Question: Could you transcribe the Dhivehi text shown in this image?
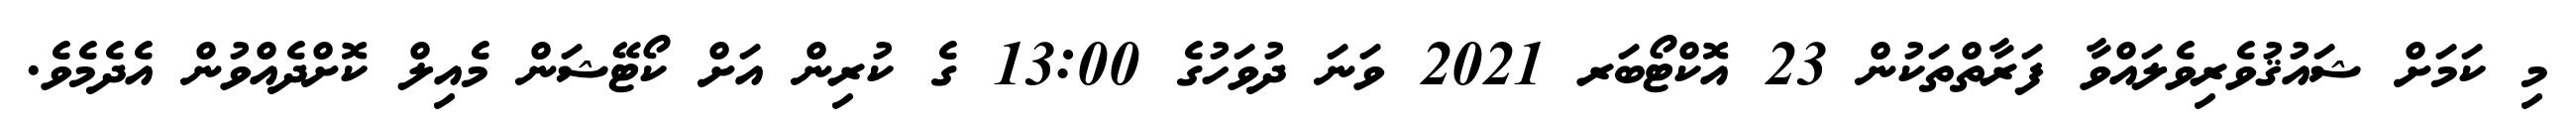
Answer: މި ކަމަށް ޝައުޤުވެރިވެލައްވާ ފަރާތްތަކުން 23 އޮކްޓޯބަރ 2021 ވަނަ ދުވަހުގެ 13:00 ގެ ކުރިން އަށް ކޯޓޭޝަން މެއިލް ކޮށްދެއްވުން އެދެމެވެ.